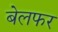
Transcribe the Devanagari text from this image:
बेलफर